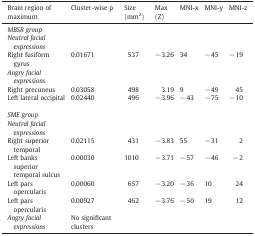
| Brain region of maximum | Cluster-wise p | Size (mm2) | Max (Z) | MNI-x | MNI-y | MNI-z |
 | --- | --- | --- | --- | --- | --- | --- |
 | MBSR group |  |  |  |  |  |  |
 | Neutral facial expressions |  |  |  |  |  |  |
 | Right fusiform gyrus | 0.01671 | 537 | − 3.26 | 34 | − 45 | − 19 |
 | Angry facial expressions |  |  |  |  |  |  |
 | Right precuneus | 0.03058 | 498 | 3.19 | 9 | − 49 | 45 |
 | Left lateral occipital | 0.02440 | 496 | − 3.96 | − 43 | − 75 | − 10 |
 | SME group |  |  |  |  |  |  |
 | Neutral facial expressions |  |  |  |  |  |  |
 | Right superior temporal | 0.02115 | 431 | − 3.83 | 55 | − 31 | 2 |
 | Left banks superior temporal sulcus | 0.00030 | 1010 | − 3.71 | − 57 | − 46 | − 2 |
 | Left pars opercularis | 0.00060 | 657 | − 3.20 | − 36 | 10 | 24 |
 | Left pars opercularis | 0.00927 | 462 | − 3.76 | − 50 | 19 | 12 |
 | Angry facial expressions | No significant clusters |  |  |  |  |  |